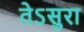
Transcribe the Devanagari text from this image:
तेऽसुरा